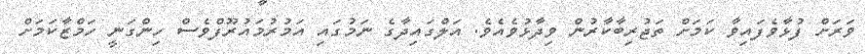
ވަރަށް ފުޅާވެފައިވާ ކަމަށް ތަޖުރިބާކާރުން ވިދާޅުވެއެވެ. އަލްގައިދާގެ ނަމުގައި އަމުރުމައުރޫފްވެސް ހިންގަނީ ހަމްޒާކަމަށް